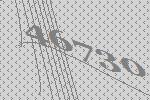
46730